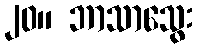
၂၀။ ဘာသာသွေး